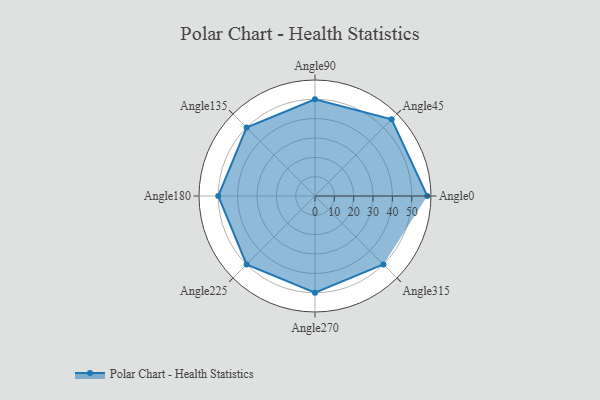
{"axis": {"x": "Angle", "y": "Radius"}, "legend": [""], "data": [{"x": "Angle0", "y": 58.0, "type": ""}, {"x": "Angle45", "y": 56.0, "type": ""}, {"x": "Angle90", "y": 50, "type": ""}, {"x": "Angle135", "y": 50, "type": ""}, {"x": "Angle180", "y": 50, "type": ""}, {"x": "Angle225", "y": 50, "type": ""}, {"x": "Angle270", "y": 50, "type": ""}, {"x": "Angle315", "y": 50, "type": ""}]}